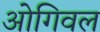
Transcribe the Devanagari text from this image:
ओगिवल